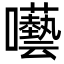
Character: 囈